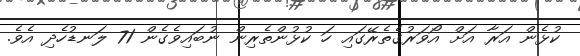
ކުޅެން އަރާ އަށް އޯވަރުގެތެރޭގައި ހަ ކުޅުންތެރިން ނުބައިވެގެން 71 ލަނޑުހެދި އެވެ.